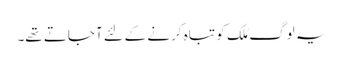
یہ لوگ مُلک کو تباہ کرنے کے لِئے آ جاتے تھے۔